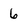
Character: 6